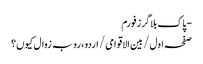
- پاک بلاگرز فورم
صفحہ اول / بین الاقوامی / اردو، رو بہ زوال کیوں؟